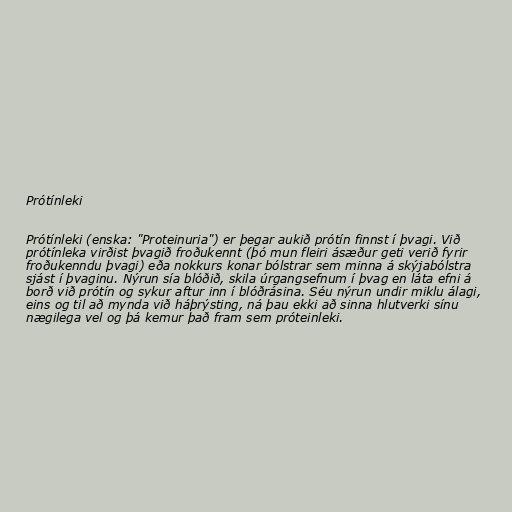
Prótínleki

Prótínleki (enska: "Proteinuria") er þegar aukið prótín finnst í þvagi. Við
prótínleka virðist þvagið froðukennt (þó mun fleiri ásæður geti verið fyrir
froðukenndu þvagi) eða nokkurs konar bólstrar sem minna á skýjabólstra
sjást í þvaginu. Nýrun sía blóðið, skila úrgangsefnum í þvag en láta efni á
borð við prótín og sykur aftur inn í blóðrásina. Séu nýrun undir miklu álagi,
eins og til að mynda við háþrýsting, ná þau ekki að sinna hlutverki sínu
nægilega vel og þá kemur það fram sem próteinleki.